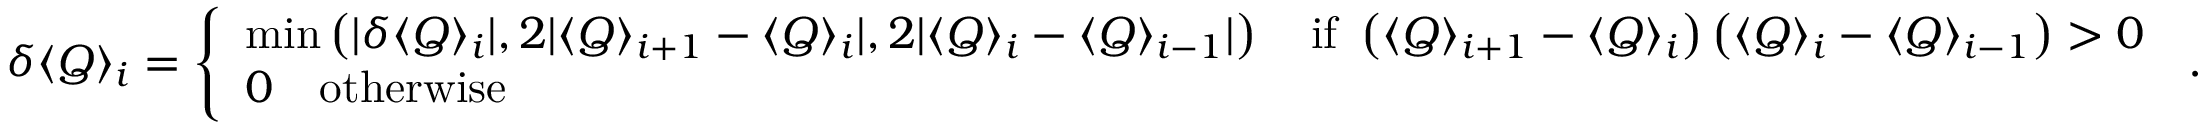
\delta \langle Q \rangle _ { i } = \left\{ \begin{array} { l l } { \mathrm { m i n } \left( | \delta \langle Q \rangle _ { i } | , 2 | \langle Q \rangle _ { i + 1 } - \langle Q \rangle _ { i } | , 2 | \langle Q \rangle _ { i } - \langle Q \rangle _ { i - 1 } | \right) \quad \mathrm { i f ~ } \left( \langle Q \rangle _ { i + 1 } - \langle Q \rangle _ { i } \right) \left( \langle Q \rangle _ { i } - \langle Q \rangle _ { i - 1 } \right) > 0 } \\ { 0 \quad \mathrm { o t h e r w i s e ~ } } \end{array} \right. \, .